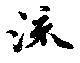
流